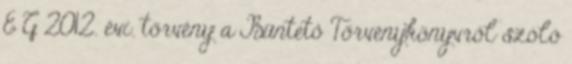
E G 2012. évi. törvény a Büntető Törvénykönyvről szóló